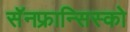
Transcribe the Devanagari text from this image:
सॅनफ्रान्सिस्को